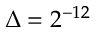
\Delta = 2 ^ { - 1 2 }